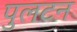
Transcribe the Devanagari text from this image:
पुलटन